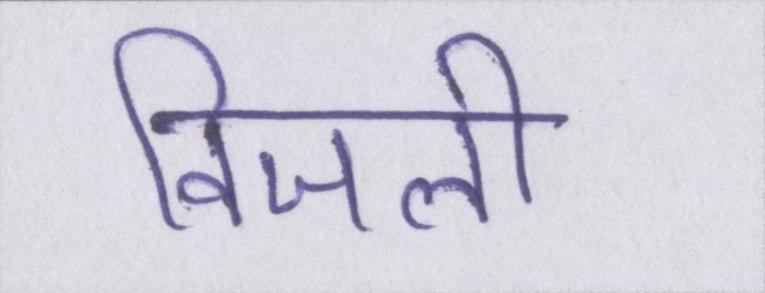
विजली